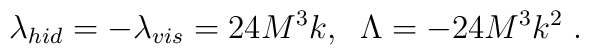
\lambda _{hid}=-\lambda _{vis}=24M^3k,\;\;\Lambda =-24M^3k^2\;.